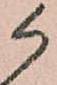
候